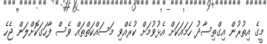
މީގެ އިތުރުން އިގްތިސާދު ހަމައަކަށް އެޅުވުމަށް ކުރެއްވި މަސައްކަތްތައް ވެސް ފާހަގަކޮށްލަން ޖެހެ